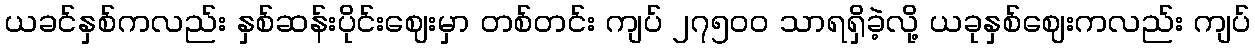
ယခင်နှစ်ကလည်း နှစ်ဆန်းပိုင်းဈေးမှာ တစ်တင်း ကျပ် ၂၇၅၀ဝ သာရရှိခဲ့လို့ ယခုနှစ်ဈေးကလည်း ကျပ်